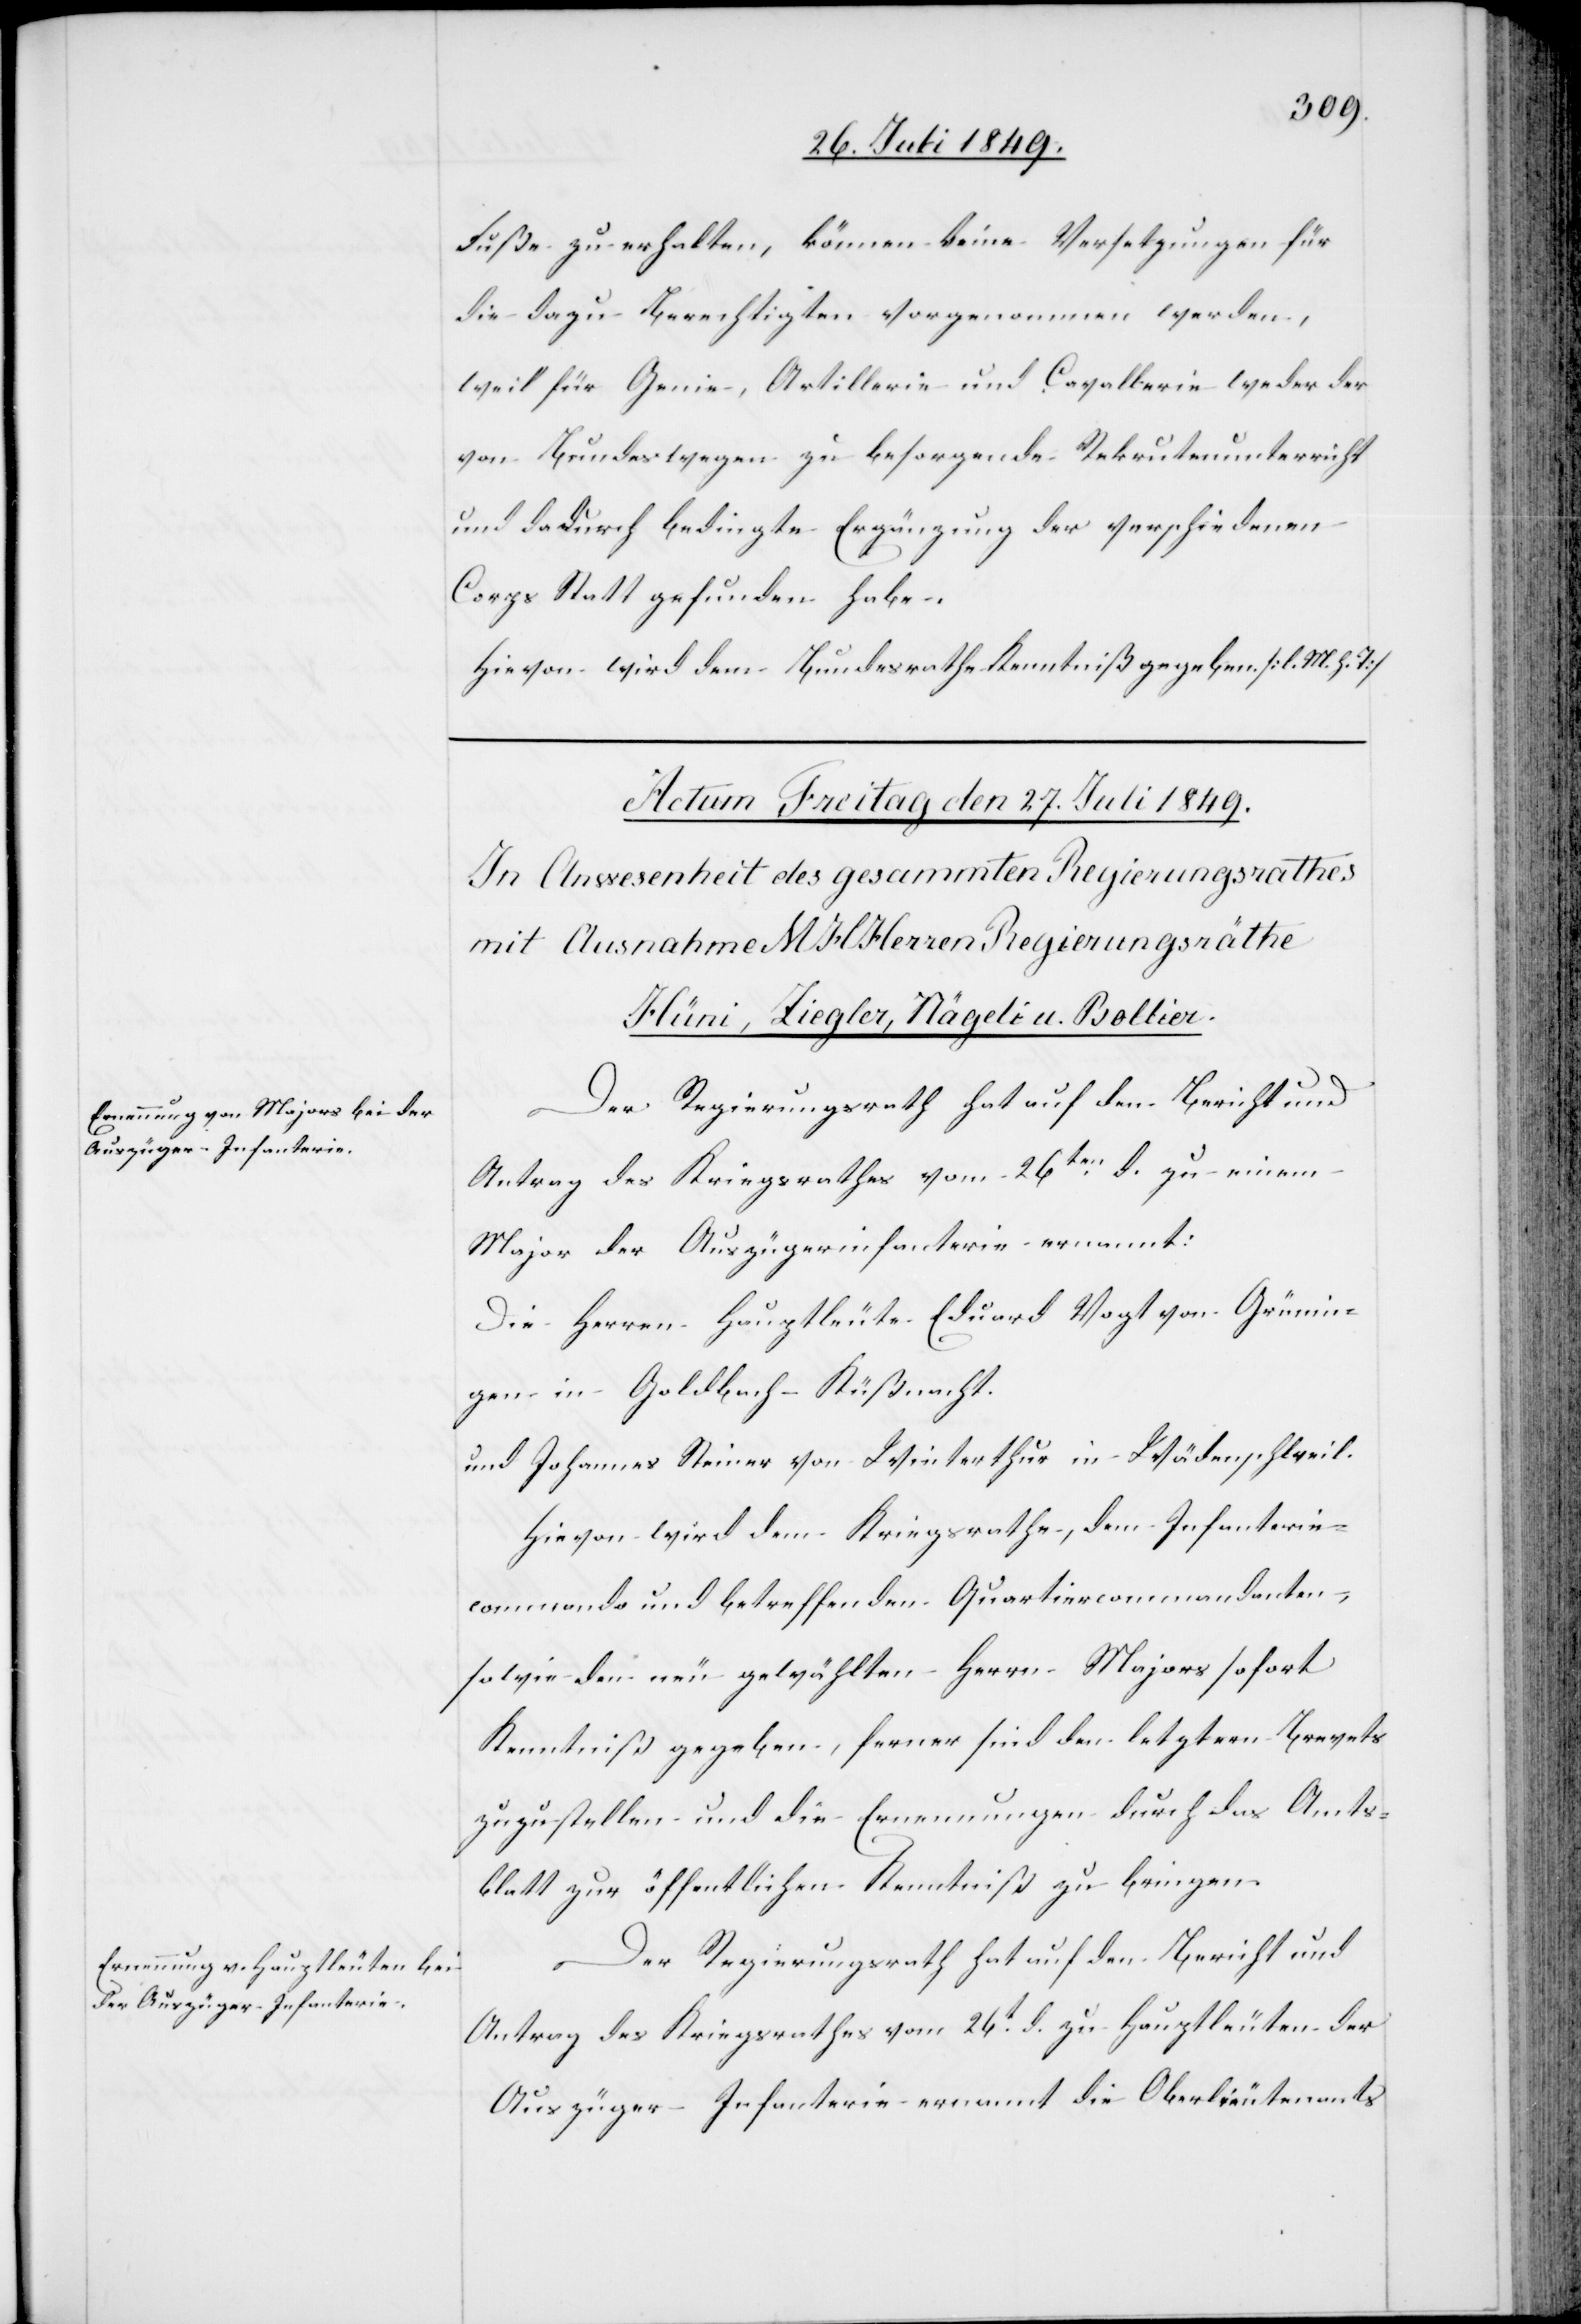
Fuße zu erhalten, können keine Versetzungen für
die dazu Berechtigten vorgenommen werden,
weil für Genie, Artillerie und Cavallerie weder der
von Bundeswegen zu besorgende Rekrutenunterricht
und dadurch bedingte Ergänzung der verschiedenen
Corps Statt gefunden habe.
Hievon wird dem Bundesrathe Kenntniß gegeben. [l. M. h. T]
Der Regierungsrath hat auf den Bericht und
Antrag des Kriegsrathes vom 26ten d. zu einem
Major der Auszügerinfanterie ernannt:
Die Herren Hauptleute Eduard Vogt von Grünin¬
gen in Goldbach-Küßnacht.
und Johannes Steiner von Winterthur in Wädenschweil.
Hievon wird dem Kriegsrathe, dem Infanterie¬
commando und betreffenden Quartiercommandanten,
sowie den neu gewählten Herrn Majors sofort
Kenntniß gegeben, ferner sind den letztern Brevets
zuzustellen und die Ernennungen durch das Amts¬
blatt zur öffentlichen Kenntniß zu bringen.
Der Regierungsrath hat auf den Bericht und
Antrag des Kriegsrathes vom 26t d. zu Hauptleuten der
Auszüger-Infanterie ernannt die Oberlieutenants